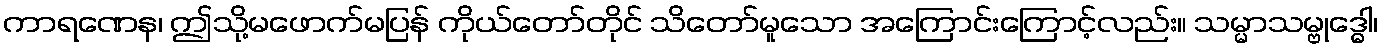
ကာရဏေန၊ ဤသို့မဖောက်မပြန် ကိုယ်တော်တိုင် သိတော်မူသော အကြောင်းကြောင့်လည်း။ သမ္မာသမ္ဗုဒ္ဓေါ၊